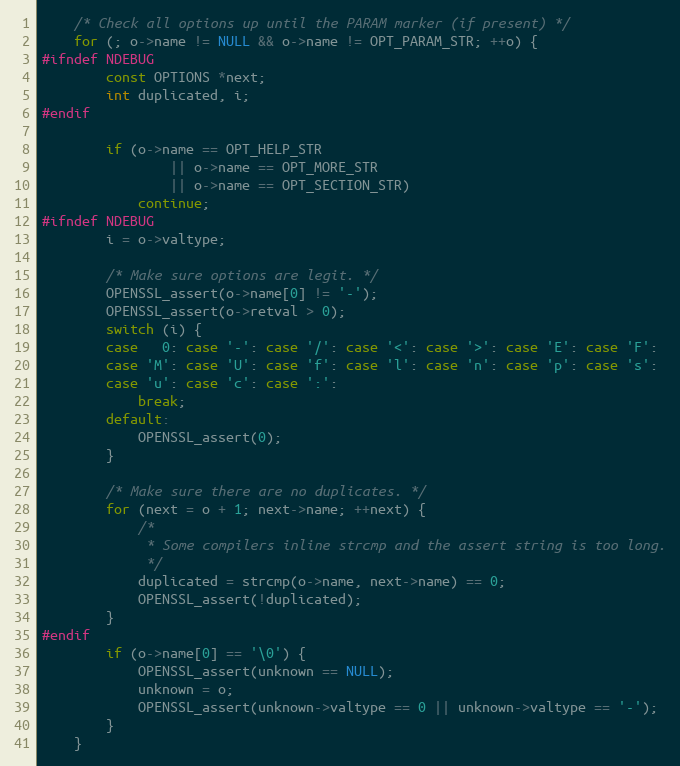
Language: C
    /* Check all options up until the PARAM marker (if present) */
    for (; o->name != NULL && o->name != OPT_PARAM_STR; ++o) {
#ifndef NDEBUG
        const OPTIONS *next;
        int duplicated, i;
#endif

        if (o->name == OPT_HELP_STR
                || o->name == OPT_MORE_STR
                || o->name == OPT_SECTION_STR)
            continue;
#ifndef NDEBUG
        i = o->valtype;

        /* Make sure options are legit. */
        OPENSSL_assert(o->name[0] != '-');
        OPENSSL_assert(o->retval > 0);
        switch (i) {
        case   0: case '-': case '/': case '<': case '>': case 'E': case 'F':
        case 'M': case 'U': case 'f': case 'l': case 'n': case 'p': case 's':
        case 'u': case 'c': case ':':
            break;
        default:
            OPENSSL_assert(0);
        }

        /* Make sure there are no duplicates. */
        for (next = o + 1; next->name; ++next) {
            /*
             * Some compilers inline strcmp and the assert string is too long.
             */
            duplicated = strcmp(o->name, next->name) == 0;
            OPENSSL_assert(!duplicated);
        }
#endif
        if (o->name[0] == '\0') {
            OPENSSL_assert(unknown == NULL);
            unknown = o;
            OPENSSL_assert(unknown->valtype == 0 || unknown->valtype == '-');
        }
    }